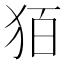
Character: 㹮